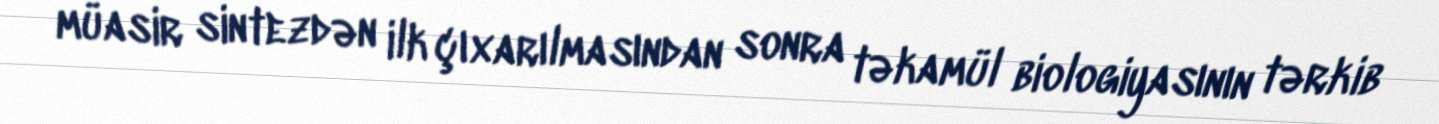
müasir sintezdən ilk çıxarılmasından sonra təkamül biologiyasının tərkib